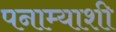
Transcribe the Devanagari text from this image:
पनाम्याशी